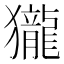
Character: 𪚓